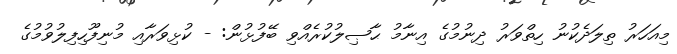
މިއަހަރު ތިލަދެކުނު ހިތްވަރު ދިނުމުގެ އިނާމު ޙާޞިލުކުރެއްވި ބޭފުޅުން: - ކުޅިވަރާއި މުނިފޫހިފިލުވުމުގެ